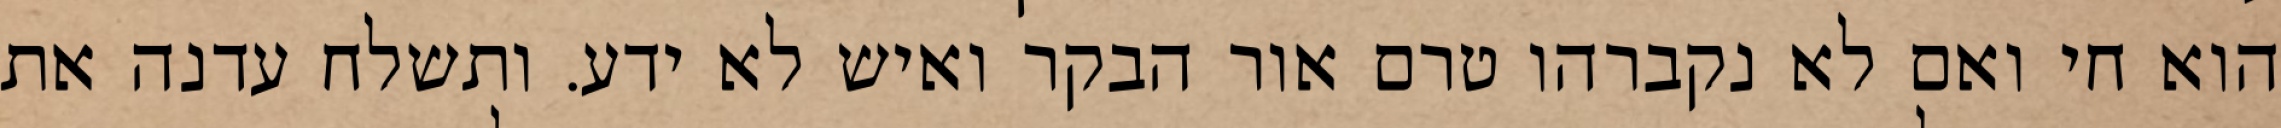
הוא חי ואם לא נקברהו טרם אור הבקר ואיש לא ידע. ותשלח עדנה את